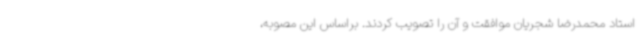
استاد محمدرضا شجریان موافقت و آن را تصویب کردند. براساس این مصوبه،